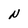
Character: N